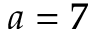
a = 7